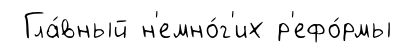
Гла́вный н'емно́г'их р'ефо́рмы